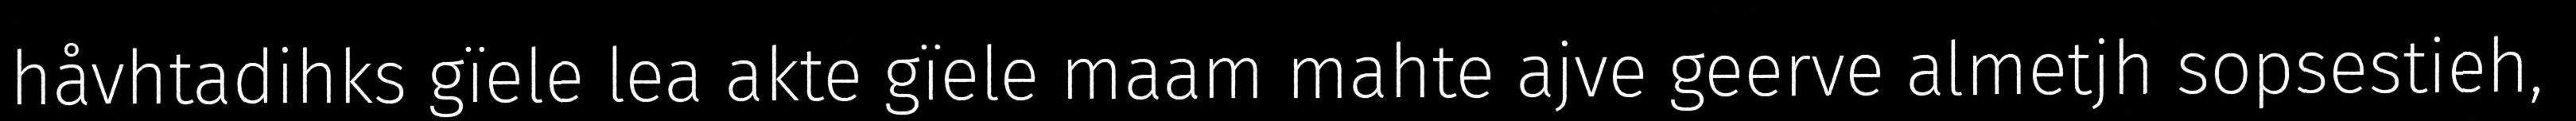
håvhtadihks gïele lea akte gïele maam mahte ajve geerve almetjh sopsestieh,